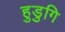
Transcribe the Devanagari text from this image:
हुडुगि